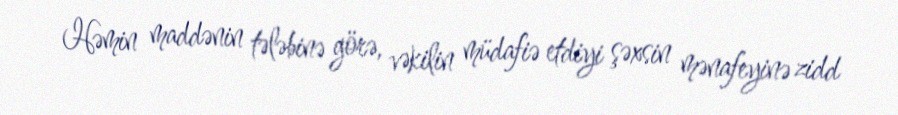
Həmin maddənin tələbinə görə, vəkilin müdafiə etdiyi şəxsin mənafeyinə zidd